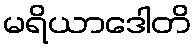
မရိယာဒေါတိ